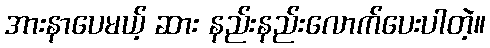
အားနာပေမယ့် ဆား နည်းနည်းလောက်ပေးပါတဲ့။